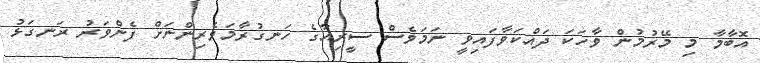
އޮބާމާ މި މޭރުމުން ވާހަކަ ދައްކަވާފައިވީ ނަމަވެސް ސީރިއާގެ ހަނގުރާމަވެރިންނަށް ފެންވަރު ރަނގަޅު